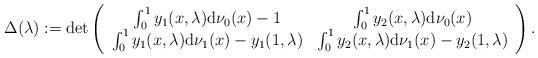
LaTeX: \begin{align*}\Delta (\lambda ):=\det \left(\begin{array}{cc}\int_{0}^{1}y_{1}(x,\lambda )\mathrm{d}\nu _{0}(x)-1 & \int_{0}^{1}y_{2}(x,\lambda )\mathrm{d}\nu _{0}(x) \\\int_{0}^{1}y_{1}(x,\lambda )\mathrm{d}\nu _{1}(x)-y_{1}(1,\lambda ) &\int_{0}^{1}y_{2}(x,\lambda )\mathrm{d}\nu _{1}(x)-y_{2}(1,\lambda )\end{array}\right) . \end{align*}